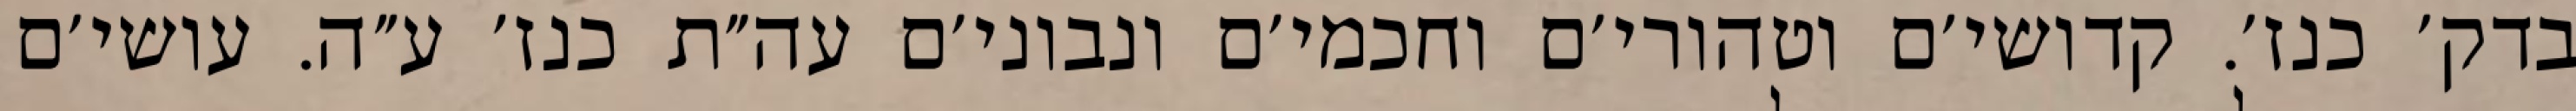
בדק׳ כנז׳. קדושי׳ם וטהורי׳ם וחכמי׳ם ונבוני׳ם עה״ת כנז׳ ע״ה. עושי׳ם